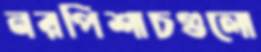
নরপিশাচগুলো